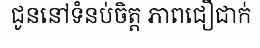
ជូននៅទំនប់ចិត្ត ភាពជឿជាក់